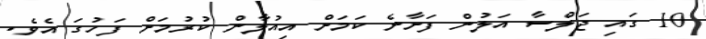
10 ގައި ޖަލްސާ އަލުން ފަށާނެ ކަމަށް އިއުލާން ކުރުމަށް ފަހުގަ އެވެ.